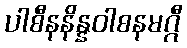
ပါစီနနိန္နဝါစနမဂ္ဂီ